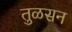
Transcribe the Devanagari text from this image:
तुळसन